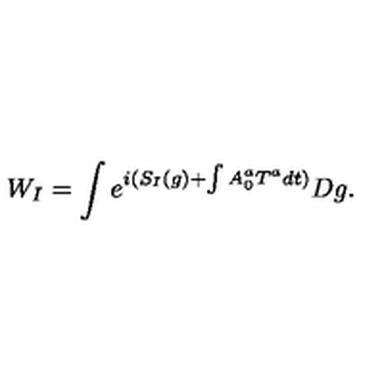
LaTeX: W _ { I } = \int e ^ { i ( S _ { I } ( g ) + \int A _ { 0 } ^ { a } T ^ { a } d t ) } D g .